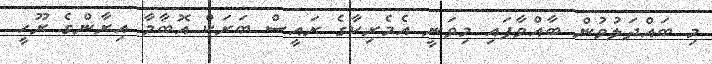
މި ބައްދަލުވުން ބާއްވާފައި މިވަނީ އެމެރިކާގެ ރައީސް ބަރަކް އޮބާމާ އިރާންގެ ރޫހީ